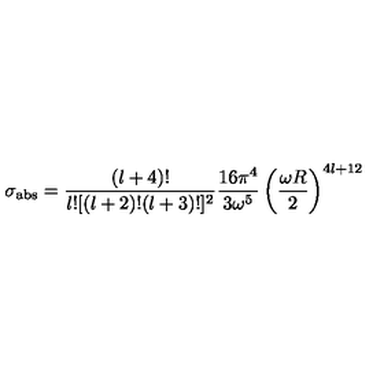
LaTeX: \sigma _ { \mathrm { a b s } } = \frac { ( l + 4 ) ! } { l ! [ ( l + 2 ) ! ( l + 3 ) ! ] ^ { 2 } } \frac { 1 6 \pi ^ { 4 } } { 3 \omega ^ { 5 } } \left( \frac { \omega R } { 2 } \right) ^ { 4 l + 1 2 }